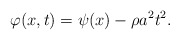
\begin{align*} \varphi(x,t)=\psi(x)-\rho a^2t^2.\end{align*}